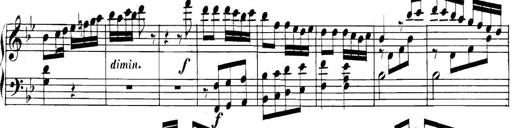
Title: Collected Piano Sonatas
Composer: Muzio Clementi